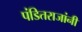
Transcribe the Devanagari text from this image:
पंडितराजांनी